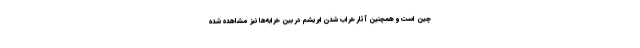
چین است و همچنین آثار خراب شدن ابریشم در بین خرابه‌ها نیز مشاهده شده